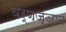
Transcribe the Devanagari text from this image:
वर्णज्ञान